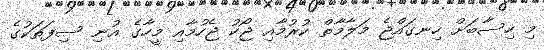
މި ހިސާބަށް ހިނގައްޖެ މަލާމާތް ކުރުމާއި ޖޯކު ޖެހުމާއި މީހާގެ އުނި ސިފަތަކުގެ